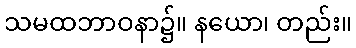
သမထဘာဝနာ၌။ နယော၊ တည်း။